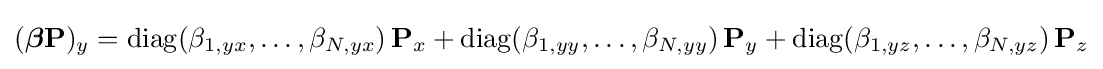
({\boldsymbol {\beta }}\mathbf {P} )_{y}=\mathrm {diag} (\beta _{1,yx},\dots ,\beta _{N,yx})\,\mathbf {P} _{x}+\mathrm {diag} (\beta _{1,yy},\dots ,\beta _{N,yy})\,\mathbf {P} _{y}+\mathrm {diag} (\beta _{1,yz},\dots ,\beta _{N,yz})\,\mathbf {P} _{z}